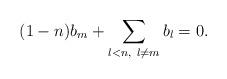
LaTeX: \begin{align*} (1-n) b_m + \sum_{l < n,~l\neq m} b_l = 0.\end{align*}